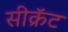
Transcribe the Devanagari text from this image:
सीक्रॅट